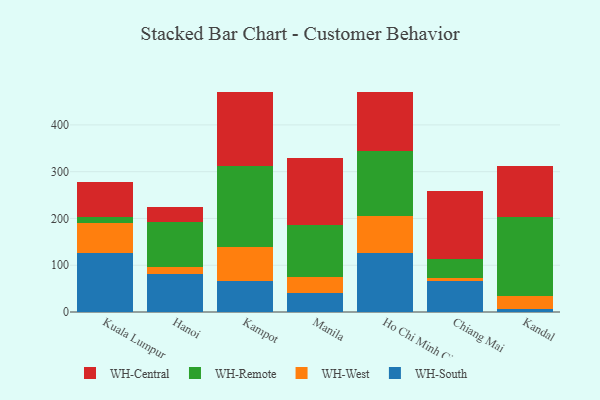
{"axis": {"x": "City", "y": "Conversion Rate (%)"}, "legend": ["WH-Central", "WH-Remote", "WH-South", "WH-West"], "data": [{"x": "Kuala Lumpur", "y": 125.9, "type": "WH-South"}, {"x": "Kuala Lumpur", "y": 63.6, "type": "WH-West"}, {"x": "Kuala Lumpur", "y": 13.7, "type": "WH-Remote"}, {"x": "Kuala Lumpur", "y": 73.8, "type": "WH-Central"}, {"x": "Hanoi", "y": 81.6, "type": "WH-South"}, {"x": "Hanoi", "y": 15.1, "type": "WH-West"}, {"x": "Hanoi", "y": 96.6, "type": "WH-Remote"}, {"x": "Hanoi", "y": 31.1, "type": "WH-Central"}, {"x": "Kampot", "y": 66.4, "type": "WH-South"}, {"x": "Kampot", "y": 72.8, "type": "WH-West"}, {"x": "Kampot", "y": 172.2, "type": "WH-Remote"}, {"x": "Kampot", "y": 158.5, "type": "WH-Central"}, {"x": "Manila", "y": 40.4, "type": "WH-South"}, {"x": "Manila", "y": 34.1, "type": "WH-West"}, {"x": "Manila", "y": 111.6, "type": "WH-Remote"}, {"x": "Manila", "y": 143.4, "type": "WH-Central"}, {"x": "Ho Chi Minh City", "y": 126.1, "type": "WH-South"}, {"x": "Ho Chi Minh City", "y": 79.9, "type": "WH-West"}, {"x": "Ho Chi Minh City", "y": 138.0, "type": "WH-Remote"}, {"x": "Ho Chi Minh City", "y": 127.2, "type": "WH-Central"}, {"x": "Chiang Mai", "y": 67.0, "type": "WH-South"}, {"x": "Chiang Mai", "y": 6.4, "type": "WH-West"}, {"x": "Chiang Mai", "y": 39.1, "type": "WH-Remote"}, {"x": "Chiang Mai", "y": 145.8, "type": "WH-Central"}, {"x": "Kandal", "y": 5.9, "type": "WH-South"}, {"x": "Kandal", "y": 27.3, "type": "WH-West"}, {"x": "Kandal", "y": 170.5, "type": "WH-Remote"}, {"x": "Kandal", "y": 107.8, "type": "WH-Central"}]}